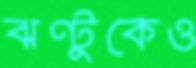
ঝণ্টুকেও